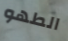
الطهو